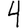
Digit: 4